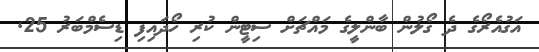
އަގުއެރޯގެ ދެ ގޯލުން ބާންލީގެ މައްޗަށް ސިޓީން ކުރި ހޯދައިފި ޑިސެމްބަރު 25